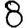
Digit: 8